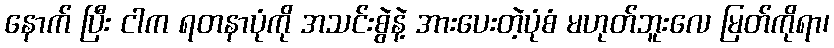
နောက် ပြီး ငါက ရတနာပုံကို အသင်းစွဲနဲ့ အားပေးတဲ့ပုံစံ မဟုတ်ဘူးလေ မြတ်ကိုရာ၊